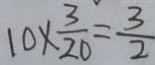
1 0 \times \frac { 3 } { 2 0 } = \frac { 3 } { 2 }